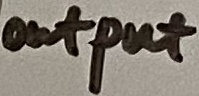
Text: output